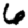
Digit: 6